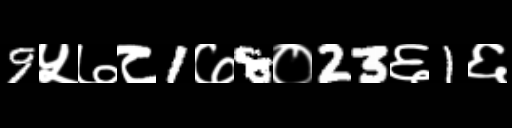
Text: 9५७८1७8०23६1६